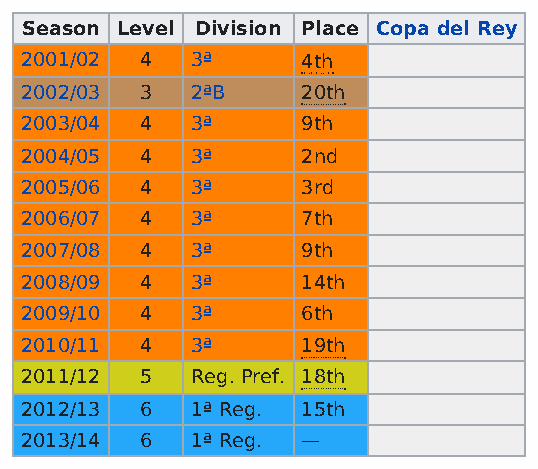
Season Level Division Place Copa del Rey
 2001/02 4   3ª     4th
 2002/03 3   2ªB    20th
 2003/04 4   3ª     9th
 2004/05 4   3ª     2nd
 2005/06 4   3ª     3rd
 2006/07 4   3ª     7th
 2007/08 4   3ª     9th
 2008/09 4   3ª     14th
 2009/10 4   3ª     6th
 2010/11 4   3ª     19th
 2011/12 5   Reg. Pref. 18th
 2012/13 6   1ª Reg. 15th
 2013/14 6   1ª Reg. —